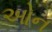
ઓન